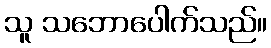
သူ သဘောပေါက်သည်။